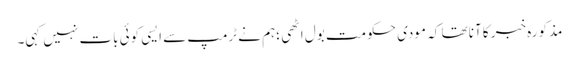
مذکورہ خبر کا آنا تھا کہ مودی حکومت بول اٹھی ؛ہم نے ٹرمپ سے ایسی کوئی بات نہیں کہی۔